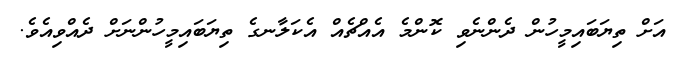
އަށް ތިޔަބައިމީހުން ދެންނެވި ކޮންމެ އެއްޗެއް އެކަލާނގެ ތިޔަބައިމީހުންނަށް ދެއްވިއެވެ.